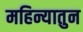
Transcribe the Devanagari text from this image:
महिन्यातुन